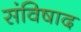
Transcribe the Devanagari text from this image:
संविषाद